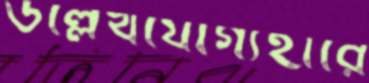
উল্লেখযোগ্যহারে